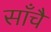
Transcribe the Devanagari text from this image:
साँचै